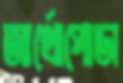
আর্থোপোডা